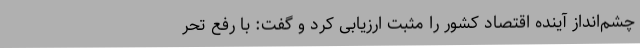
چشم‌انداز آینده اقتصاد کشور را مثبت ارزیابی کرد و گفت: با رفع تحر